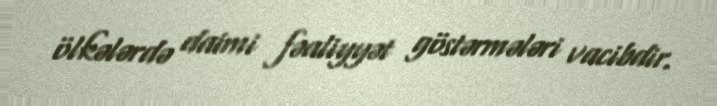
ölkələrdə daimi fəaliyyət göstərmələri vacibdir.